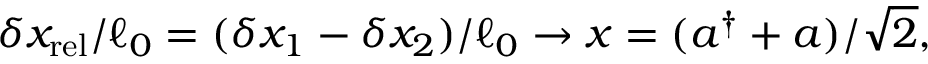
\delta x _ { \mathrm { r e l } } / \ell _ { 0 } = ( \delta x _ { 1 } - \delta x _ { 2 } ) / \ell _ { 0 } \rightarrow x = ( a ^ { \dagger } + a ) / \sqrt { 2 } ,